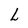
Character: L